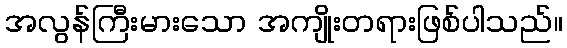
အလွန်ကြီးမားသော အကျိုးတရားဖြစ်ပါသည်။